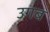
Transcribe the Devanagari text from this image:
उगब